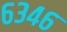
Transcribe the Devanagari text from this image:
६३४६